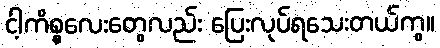
ငါ့ကိစ္စလေးတွေလည်း ပြေးလုပ်ရသေးတယ်ကွ။